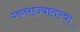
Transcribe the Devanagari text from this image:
गणराज्यातल्या